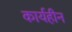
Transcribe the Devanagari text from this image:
कार्यहीन